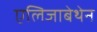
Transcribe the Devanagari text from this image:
एलिजाबेथेन